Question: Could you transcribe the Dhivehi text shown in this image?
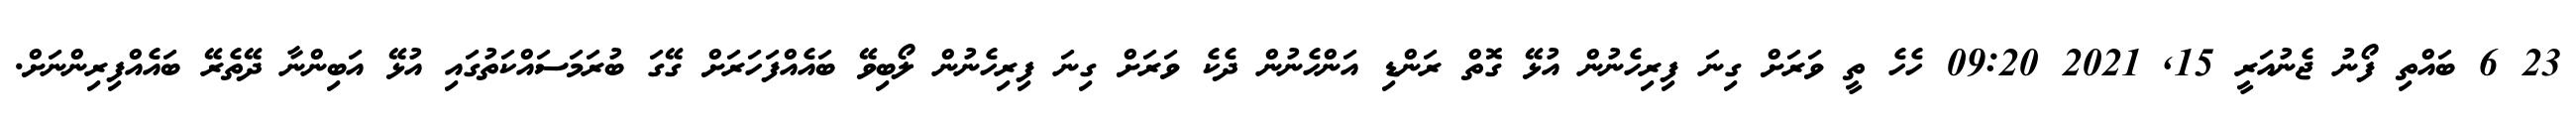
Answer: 23 6 ބައްތި ފޯނު ޖެނުއަރީ 15, 2021 09:20 ހެހެ ތީ ވަރަށް ގިނަ ފިރިހެނުން އުޅޭ ގޮތް ރަންޑި އަންހެނުން ދެކެ ވަރަށް ގިނަ ފިރިހެނުން ލޯބިވޭ ބައެއްފަހަރަށް ގޭގަ ބުރަމަސައްކަތުގައި އުޅޭ އަބިންނާ ދޭތެރޭ ބައެއްފިރިންނަށް.